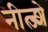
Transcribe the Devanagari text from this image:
नीत्ज्शे